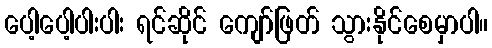
ပေါ့ပေါ့ပါးပါး ရင်ဆိုင် ကျော်ဖြတ် သွားနိုင်စေမှာပါ။